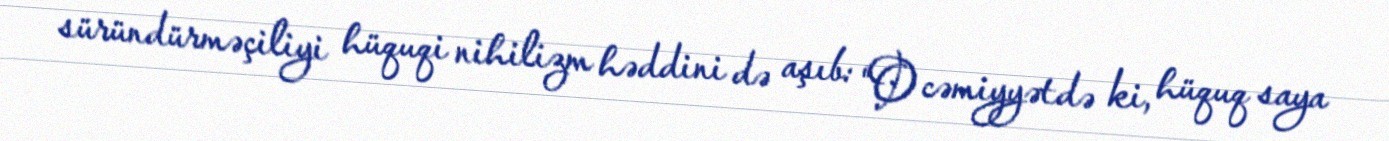
süründürməçiliyi hüquqi nihilizm həddini də aşıb: “O cəmiyyətdə ki, hüquq saya